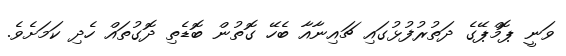
ވަނީ ޕޮމްޕޭގެ ދަތުރުފުޅުގައި ޗައިނާއާ ބެހޭ ގޮތުން ބޮޑެތި ދޮގުތައް ހެދި ކަމަށެވެ.